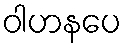
ဝါဟနပေ